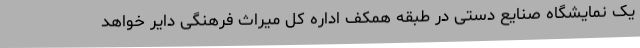
یک نمایشگاه صنایع دستی در طبقه همکف اداره کل میراث فرهنگی دایر خواهد